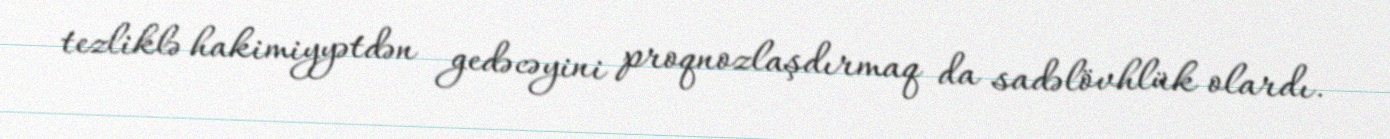
tezliklə hakimiyyətdən gedəcəyini proqnozlaşdırmaq da sadəlövhlük olardı.